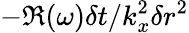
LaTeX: -\Re(\omega)\delta t/k_{x}^{2}\delta r^{2}